Triennial report on the lunatic asylums in the province of Eastern Bengal and Assam - 1903-1911
Year: 1903
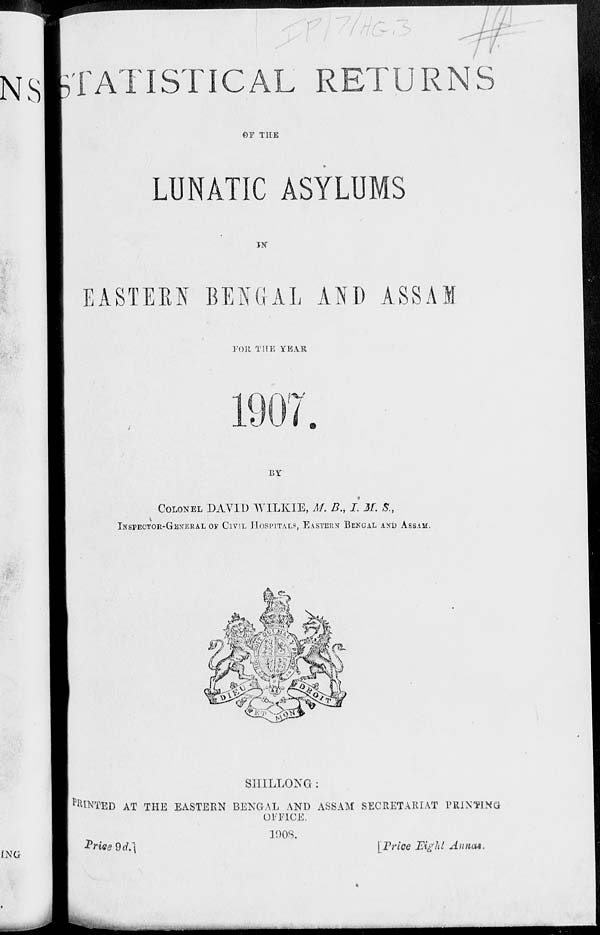
STATISTICAL RETURNS
OF THE
LUNATIC ASYLUMS
IN
EASTERN BENGAL AND ASSAM
FOR THE YEAR
1907.
BY
COLONEL DAVID WILKIE, M. B., I. M. S.,
INSPECTOR-GENERAL OF CIVIL HOSPITALS, EASTERN BENGAL AND ASSAM.
SHILLONG :
PRINTED AT THE EASTERN BENGAL AND ASSAM SECRETARIAT PRINTING
OFFICE.
1908.
Price
9d.]
[Price Eight Annas.